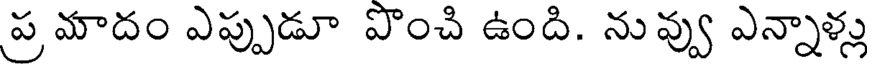
ప్రమాదం ఎప్పుడూ పొంచి ఉంది. నువ్వు ఎన్నాళ్లు